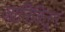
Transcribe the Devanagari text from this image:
जानिवितून